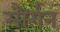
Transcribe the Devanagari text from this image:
मौर्गन